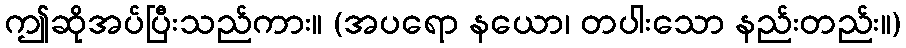
ဤဆိုအပ်ပြီးသည်ကား။ (အပရော နယော၊ တပါးသော နည်းတည်း။)